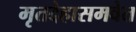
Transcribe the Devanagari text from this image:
मृतदेहासमवेत